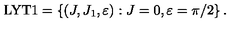
\mathrm { L Y T 1 } = \left\{ ( J , J _ { 1 } , \varepsilon ) : J = 0 , \varepsilon = \pi / 2 \right\} .